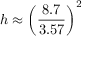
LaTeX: h \approx \left( { \frac { 8 . 7 } { 3 . 5 7 } } \right) ^ { 2 }